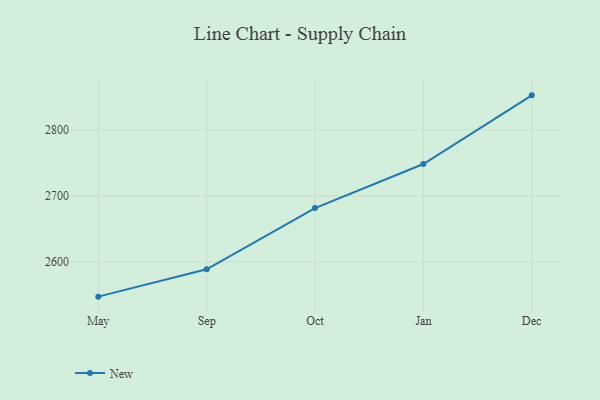
{"axis": {"x": "Month", "y": "Gross Profit (USD K)"}, "legend": ["New"], "data": [{"x": "May", "y": 2547.5, "type": "New"}, {"x": "Sep", "y": 2588.9, "type": "New"}, {"x": "Oct", "y": 2681.6, "type": "New"}, {"x": "Jan", "y": 2748.3, "type": "New"}, {"x": "Dec", "y": 2852.2, "type": "New"}]}